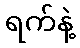
ရက်နဲ့